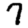
Digit: 7